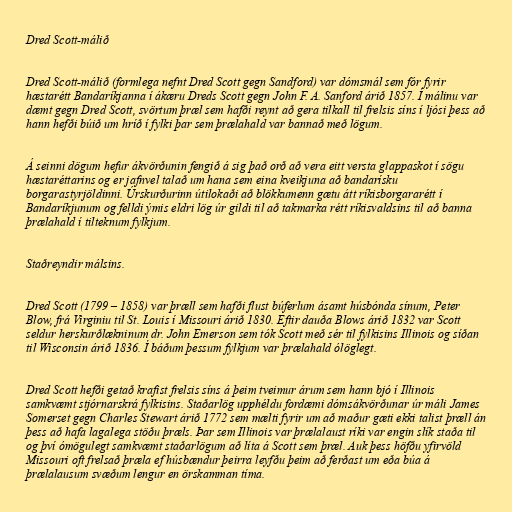
Dred Scott-málið

Dred Scott-málið (formlega nefnt Dred Scott gegn Sandford) var dómsmál sem fór fyrir
hæstarétt Bandaríkjanna í ákæru Dreds Scott gegn John F. A. Sanford árið 1857. Í málinu var
dæmt gegn Dred Scott, svörtum þræl sem hafði reynt að gera tilkall til frelsis síns í ljósi þess að
hann hefði búið um hríð í fylki þar sem þrælahald var bannað með lögum.

Á seinni dögum hefur ákvörðunin fengið á sig það orð að vera eitt versta glappaskot í sögu
hæstaréttarins og er jafnvel talað um hana sem eina kveikjuna að bandarísku
borgarastyrjöldinni. Úrskurðurinn útilokaði að blökkumenn gætu átt ríkisborgararétt í
Bandaríkjunum og felldi ýmis eldri lög úr gildi til að takmarka rétt ríkisvaldsins til að banna
þrælahald í tilteknum fylkjum.

Staðreyndir málsins.

Dred Scott (1799 – 1858) var þræll sem hafði flust búferlum ásamt húsbónda sínum, Peter
Blow, frá Virginiu til St. Louis í Missouri árið 1830. Eftir dauða Blows árið 1832 var Scott
seldur herskurðlækninum dr. John Emerson sem tók Scott með sér til fylkisins Illinois og síðan
til Wisconsin árið 1836. Í báðum þessum fylkjum var þrælahald ólöglegt.

Dred Scott hefði getað krafist frelsis síns á þeim tveimur árum sem hann bjó í Illinois
samkvæmt stjórnarskrá fylkisins. Staðarlög upphéldu fordæmi dómsákvörðunar úr máli James
Somerset gegn Charles Stewart árið 1772 sem mælti fyrir um að maður gæti ekki talist þræll án
þess að hafa lagalega stöðu þræls. Þar sem Illinois var þrælalaust ríki var engin slík staða til
og því ómögulegt samkvæmt staðarlögum að líta á Scott sem þræl. Auk þess höfðu yfirvöld
Missouri oft frelsað þræla ef húsbændur þeirra leyfðu þeim að ferðast um eða búa á
þrælalausum svæðum lengur en örskamman tíma.